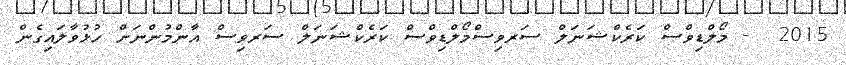
2015  - މޯލްޑިވްސް ކަރެކްޝަނަލް ސަރވިސްމޯލްޑިވްސް ކަރެކްޝަނަލް ސަރވިސް އާންމުންނަށް ހުޅުވާލައިގެން